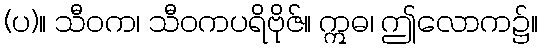
(ပ)။ သီဝက၊ သီဝကပရိဗိုဇ်။ ဣဓ၊ ဤလောက၌။